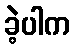
ခဲ့ပါက